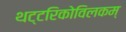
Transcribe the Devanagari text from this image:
थट्टरिकोविलकम्